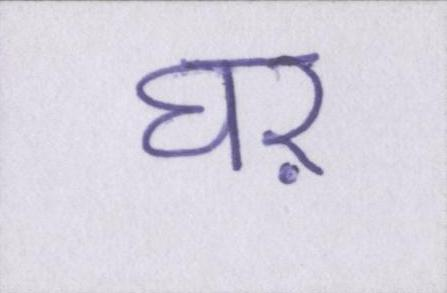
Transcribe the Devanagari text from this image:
घऱ